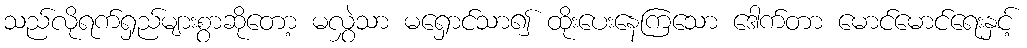
သည်လိုရက်ရှည်များစွာဆိုတော့ မလွှဲသာ မရှောင်သာ၍ ထိုးပေးနေကြသော ဒေါက်တာ မောင်မောင်ရေးနှင့်